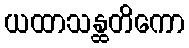
ယထာသန္ထတိကော